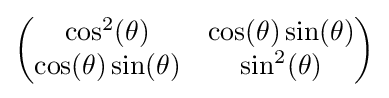
{\begin{pmatrix}\cos ^{2}(\theta )&\cos(\theta )\sin(\theta )\\\cos(\theta )\sin(\theta )&\sin ^{2}(\theta )\end{pmatrix}}